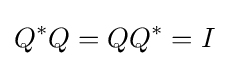
Q^{*}Q=QQ^{*}=I